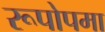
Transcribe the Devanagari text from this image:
रूपोपमा